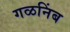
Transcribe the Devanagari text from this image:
गळनिंब